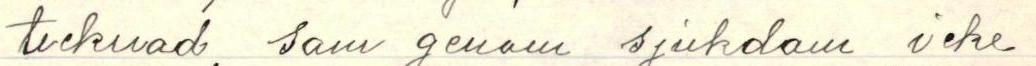
tecknad, som genom sjukdom icke